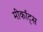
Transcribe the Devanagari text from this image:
मीर्काट्स